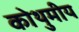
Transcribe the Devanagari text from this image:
कोथुमीय